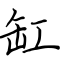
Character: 缸